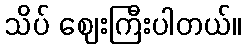
သိပ် ဈေးကြီးပါတယ်။